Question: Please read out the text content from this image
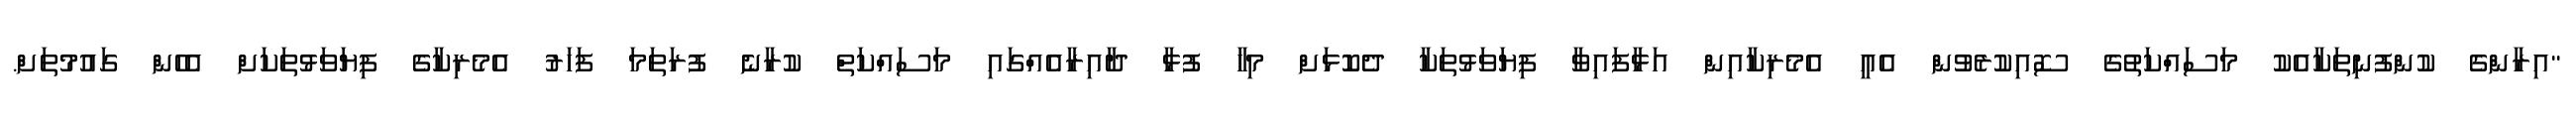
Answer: "އިރާންގެ ކުންފުނިތަކާއެކު މަސައްކަތުގެ ސޮއިކުރެވުން އެއީ އެމެރިކާއިން އަޅާފައިވާ ފިޔަވަޅުތަކާ ދެކޮޅަށް މިހާ ފުޅާ ދާއިރާއެއްގައި މަސައްކަތް ކުރާނެ ފުރަތަމަ ފަހަރު އެމެރިކާގެ ފިޔަވަޅުތަކަށް އެހެން ގައުމުތަށް.